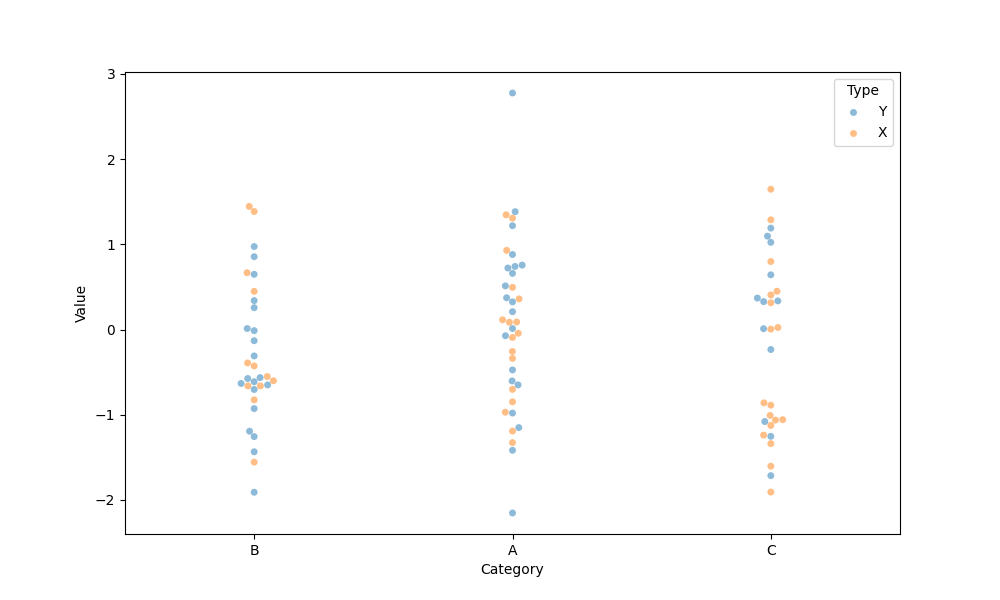
python, seaborn, swarmplot, dodge=False, alpha=0.5, size=5